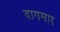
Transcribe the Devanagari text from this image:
दागमार